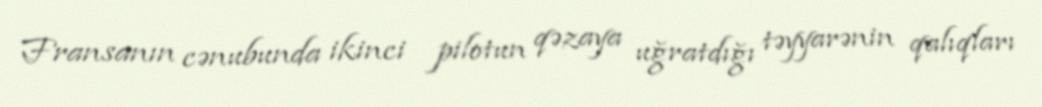
Fransanın cənubunda ikinci pilotun qəzaya uğratdığı təyyarənin qalıqları